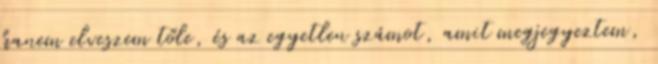
hanem elveszem tőle, és az egyetlen számot, amit megjegyeztem,